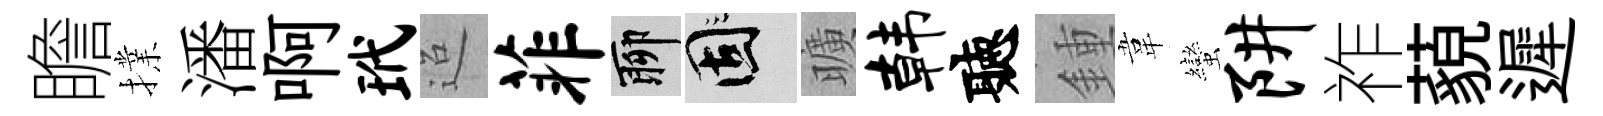
瞻擈潘啊玳迢菲聊固曠韩聽鍾韋蠻阱祚藐遲